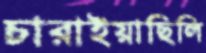
চারাইয়াছিলি